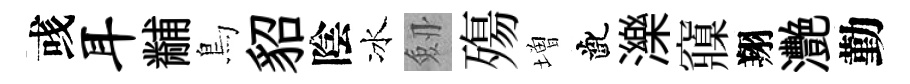
彧耳黼鳥貂陰冰劔殤増齔濼䆿翔灧勤